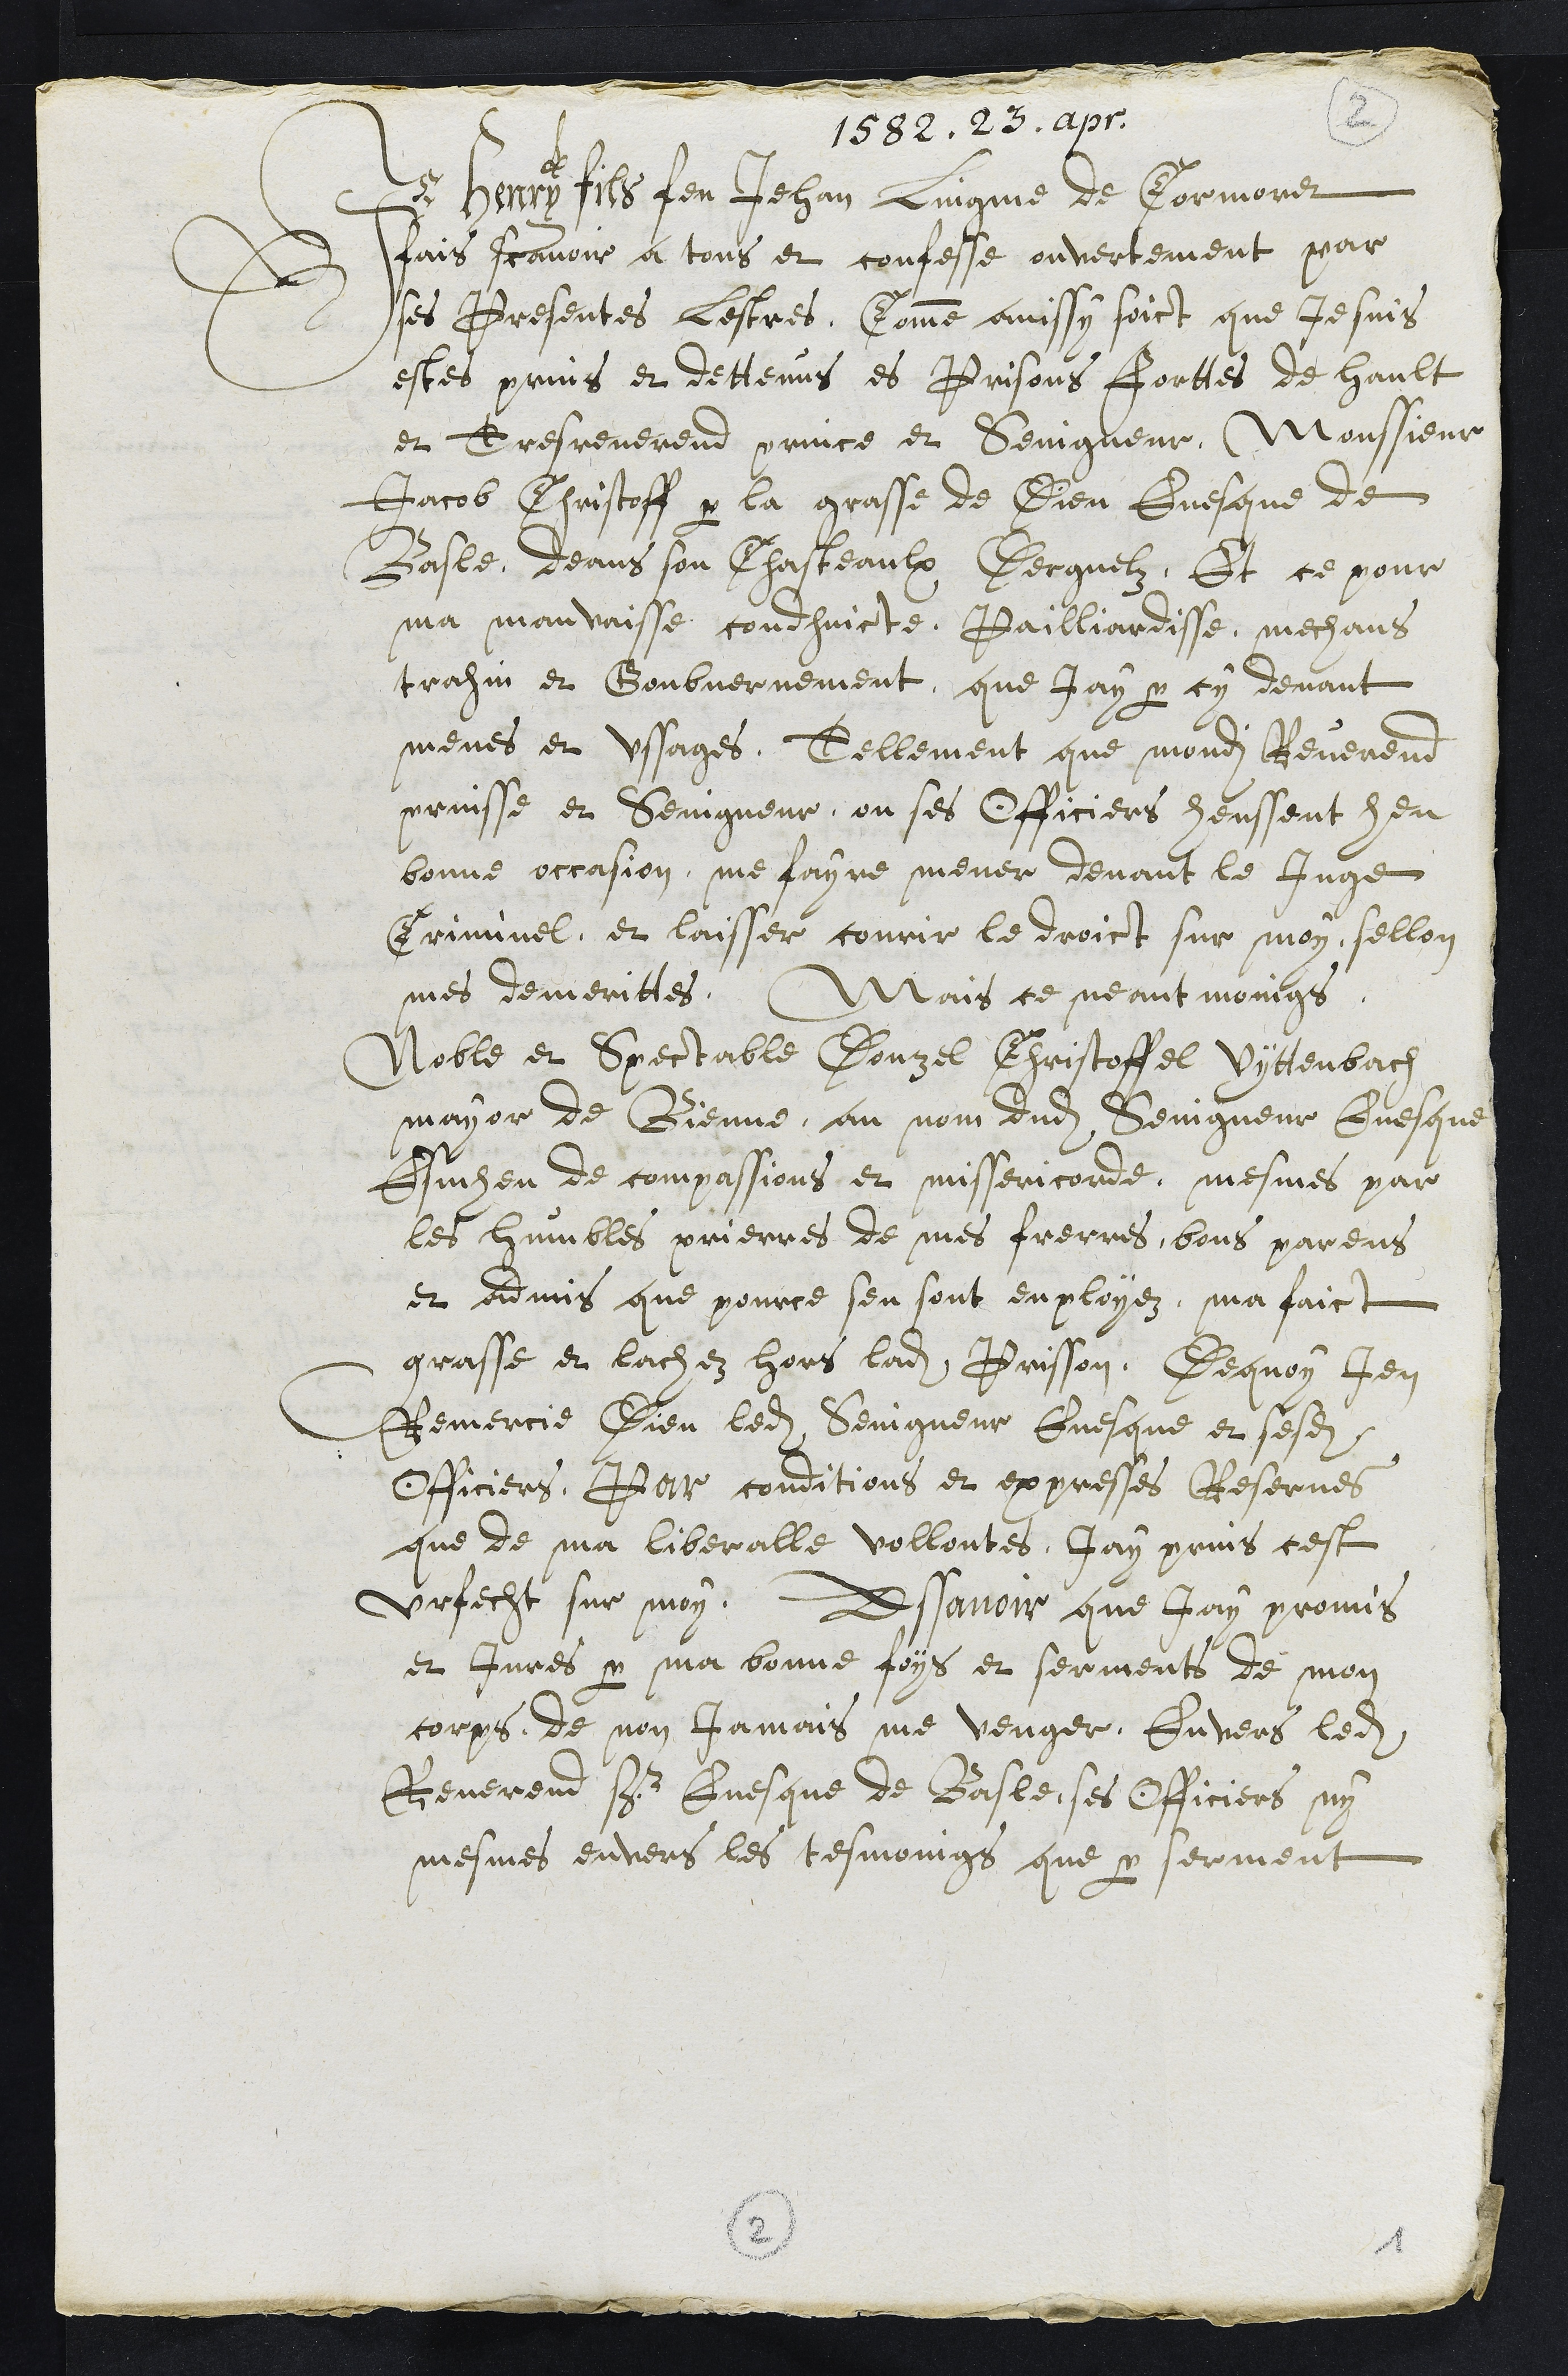
1582. 23. apr
Je Henry filz feu Jehan Lingme de Cormoret
fais scavoir a tous et confesse ouvertement par
ses Presentes lestres, Comme ainssy soict que Je suis
estes prins et dettenus es Prisons forttes de hault
et Tres reverend prince et Seingneur, Monssieur
Jacob Christoff par la grasse de Dieu Evesque de
Basle, deans son Chasteaulx Derguelz. Et ce pour
ma mauvaisse condhuicte, Pailliardisse mechans
trahin et Goubvernement que Jay par cy devant
menes et ussages, Tellement que mondit Reverend
prinsse et Seingneur, ou ses Officiers heussent heu
bonne occasion, me fayre mener devant le Juge
Criminel, et laisser courir le droict sur moy, sellon
mes demerittes, Mais ce neantmoings
Noble et Spectable Donzel Christoffel Vyttenbath
mayor de Bienne, au nom dudit Seingneur Evesque
Esmheu de compassions et missericorde, mesmes par
les humbles prierres de mes frerres, bons parens
et admis que pource sen sont enployez, ma faict
grasse et lachez hors ladite Prisson. Dequoy Jen
Remercie Dieu ledit Seingneur Evesque et sesdits
Officiers, Par conditions et expresses Reserves
que de ma liberalle vollontes, jay prins cest
Urfecht sur moy, Assavoir que jay promis
et Jures par ma bonne foys et serments de mon
corps de non jamais me venger, envers ledit
Reverend Sr Evesque de Basle, ses Officiers, ny
mesmes envers les tesmoings que par serment
2
1